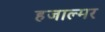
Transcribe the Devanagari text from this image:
हजाल्मर